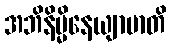
အဘိနိမ္မိနေယျာမာတိ